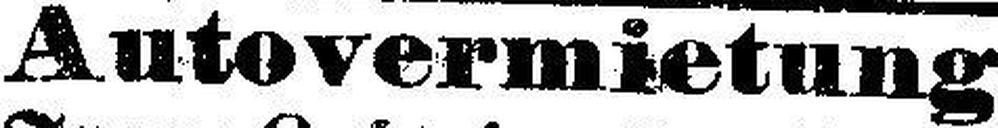
Autovermietung